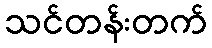
သင်တန်းတက်